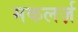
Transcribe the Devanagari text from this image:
मकलर्ज़